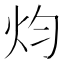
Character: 𤆥